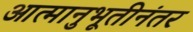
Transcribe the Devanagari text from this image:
आत्मानुभूतीनंतर